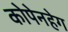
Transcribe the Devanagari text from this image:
कोपेनहेग